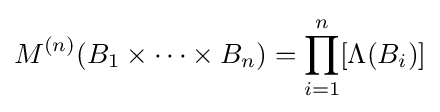
M^{(n)}(B_{1}\times \cdots \times B_{n})=\prod _{i=1}^{n}[\Lambda (B_{i})]